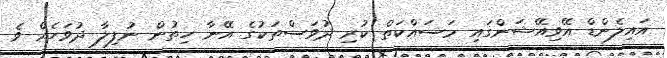
އައިލެންޑް އޭވިއޭޝަންގައި މަސައްކަތް ކުރި ދުވަސްތަކުގެ އޭނާ ހިތުން ނުފިލާ ދުވަހެއް ވެ